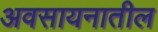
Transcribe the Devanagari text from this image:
अवसायनातील